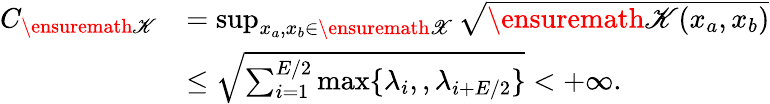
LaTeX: \begin{array}{rl}{C_{\ensuremath{\mathscr{K}}}}&{=\operatorname*{sup}_{x_{a},x_{b}\in\ensuremath{\mathscr{X}}}\sqrt{\ensuremath{\mathscr{K}}(x_{a},x_{b})}}\\ &{\leq\sqrt{\sum_{i=1}^{E/2}\operatorname*{max}\{ \lambda_{i},,\lambda_{i+E/2}\} }<+\infty.}\end{array}